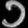
Digit: ၁